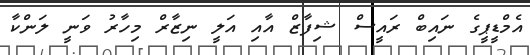
އެމްޑީޕީގެ ނައިބް ރައީސް ޝިފާޒް އާއި އަލީ ނިޒާރް މިހާރު ވަނީ ލަންކާ